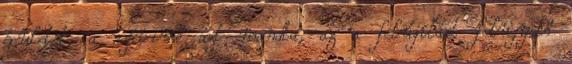
épületet, a szóvivő azt mondta, az a felújítást felügyelő